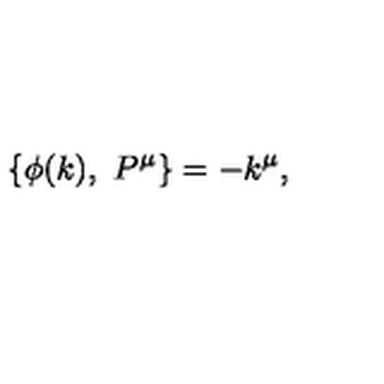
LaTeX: \{ \phi ( k ) , \ P ^ { \mu } \} = - k ^ { \mu } ,